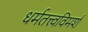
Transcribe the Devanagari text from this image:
धर्मतत्त्वविमर्श